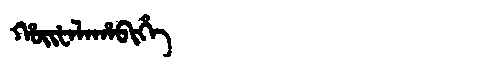
Manchu: ᡥᠣᡳᡶᠠᠯᠠᡥᠠᠪᡳᡥᡝ
Romanization: HOIFALAHABIHE